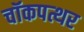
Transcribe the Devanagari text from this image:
चॉकपत्थर